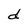
Character: d